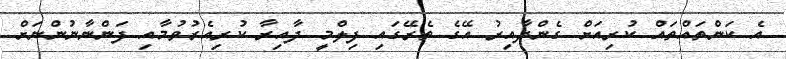
އެ ކަންތައްތައް ކުރިއަށް ގެންދާއިރު އޭގެ ތެރޭގައި ފިލްމީ ދާއިރާ ކުރިއެރުވުމާއި ފަންނާނުންނަށް